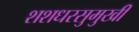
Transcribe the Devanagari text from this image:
शशधरसुमुखी